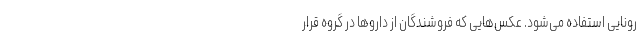
رونایی استفاده می‌شود. عکس‌هایی که فروشندگان از داروها در گروه قرار